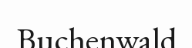
Buchenwald